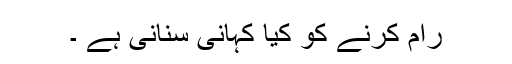
رام کرنے کو کیا کہانی سنانی ہے ۔